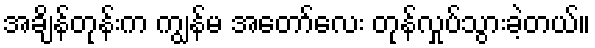
အချိန်တုန်းက ကျွန်မ အတော်လေး တုန်လှုပ်သွားခဲ့တယ်။